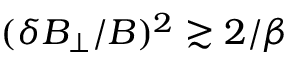
( \delta B _ { \perp } / B ) ^ { 2 } \gtrsim 2 / \beta